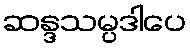
ဆန္ဒသမ္ပဒါပေ